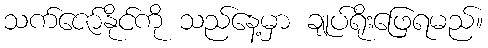
သက်ဇော်နိုင်ကို သည်နေ့မှာ ချုပ်ရိုးဖြေရမည်။